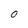
Character: O